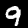
Label: 9